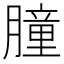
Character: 朣